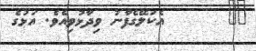
٣٠       އެކަލޭގެފާނު ވިދާޅުވިއެވެ. އަޅުގެ